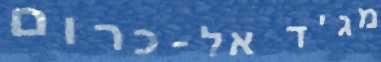
מג'ד אל-כרום